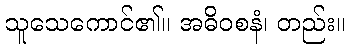
သူသေကောင်၏။ အဓိဝစနံ၊ တည်း။